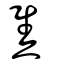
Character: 𤓪